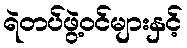
ရဲတပ်ဖွဲ့ဝင်များနှင့်